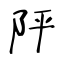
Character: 𨸶